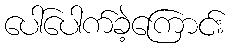
ပေါ်ပေါက်ခဲ့ကြောင်း